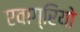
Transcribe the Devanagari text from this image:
एवाग्रियो